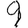
Digit: 9